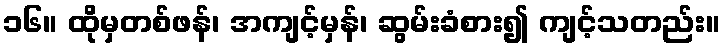
၁၆။ ထိုမှတစ်ဖန်၊ အကျင့်မှန်၊ ဆွမ်းခံစား၍ ကျင့်သတည်း။